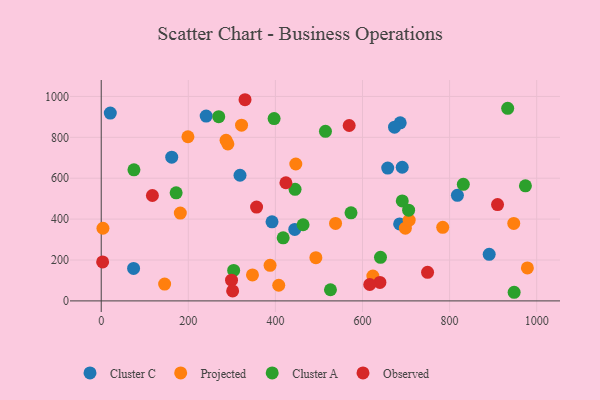
{"axis": {"x": "Speed", "y": "Demand"}, "legend": ["Cluster A", "Cluster C", "Observed", "Projected"], "data": [{"x": "392.2", "y": 386.7, "type": "Cluster C"}, {"x": "444.4", "y": 349.8, "type": "Cluster C"}, {"x": "685.3", "y": 376.6, "type": "Cluster C"}, {"x": "890.9", "y": 228.0, "type": "Cluster C"}, {"x": "686.6", "y": 871.1, "type": "Cluster C"}, {"x": "691.2", "y": 653.7, "type": "Cluster C"}, {"x": "74.3", "y": 158.8, "type": "Cluster C"}, {"x": "318.7", "y": 614.7, "type": "Cluster C"}, {"x": "657.9", "y": 649.8, "type": "Cluster C"}, {"x": "241.0", "y": 904.2, "type": "Cluster C"}, {"x": "161.9", "y": 703.2, "type": "Cluster C"}, {"x": "673.5", "y": 849.5, "type": "Cluster C"}, {"x": "817.9", "y": 516.4, "type": "Cluster C"}, {"x": "20.8", "y": 918.5, "type": "Cluster C"}, {"x": "492.9", "y": 211.2, "type": "Projected"}, {"x": "181.6", "y": 429.4, "type": "Projected"}, {"x": "145.6", "y": 82.5, "type": "Projected"}, {"x": "947.3", "y": 379.1, "type": "Projected"}, {"x": "407.6", "y": 76.5, "type": "Projected"}, {"x": "290.8", "y": 767.7, "type": "Projected"}, {"x": "698.4", "y": 355.6, "type": "Projected"}, {"x": "347.3", "y": 127.1, "type": "Projected"}, {"x": "978.6", "y": 161.2, "type": "Projected"}, {"x": "784.2", "y": 359.9, "type": "Projected"}, {"x": "538.1", "y": 379.1, "type": "Projected"}, {"x": "322.2", "y": 859.3, "type": "Projected"}, {"x": "446.8", "y": 669.7, "type": "Projected"}, {"x": "623.8", "y": 121.6, "type": "Projected"}, {"x": "199.1", "y": 803.0, "type": "Projected"}, {"x": "387.7", "y": 173.8, "type": "Projected"}, {"x": "707.1", "y": 394.8, "type": "Projected"}, {"x": "3.9", "y": 355.4, "type": "Projected"}, {"x": "286.6", "y": 785.8, "type": "Projected"}, {"x": "445.1", "y": 545.7, "type": "Cluster A"}, {"x": "514.9", "y": 829.5, "type": "Cluster A"}, {"x": "417.8", "y": 308.4, "type": "Cluster A"}, {"x": "974.1", "y": 563.0, "type": "Cluster A"}, {"x": "463.5", "y": 372.6, "type": "Cluster A"}, {"x": "691.3", "y": 488.9, "type": "Cluster A"}, {"x": "641.3", "y": 213.1, "type": "Cluster A"}, {"x": "75.1", "y": 640.9, "type": "Cluster A"}, {"x": "573.6", "y": 430.7, "type": "Cluster A"}, {"x": "933.4", "y": 941.8, "type": "Cluster A"}, {"x": "705.9", "y": 443.8, "type": "Cluster A"}, {"x": "397.0", "y": 891.7, "type": "Cluster A"}, {"x": "948.2", "y": 42.2, "type": "Cluster A"}, {"x": "172.0", "y": 528.6, "type": "Cluster A"}, {"x": "831.5", "y": 570.2, "type": "Cluster A"}, {"x": "304.1", "y": 149.2, "type": "Cluster A"}, {"x": "269.8", "y": 901.2, "type": "Cluster A"}, {"x": "526.4", "y": 54.5, "type": "Cluster A"}, {"x": "424.1", "y": 577.8, "type": "Observed"}, {"x": "640.0", "y": 90.2, "type": "Observed"}, {"x": "3.2", "y": 190.5, "type": "Observed"}, {"x": "749.4", "y": 139.7, "type": "Observed"}, {"x": "569.4", "y": 858.0, "type": "Observed"}, {"x": "299.2", "y": 101.4, "type": "Observed"}, {"x": "616.6", "y": 80.2, "type": "Observed"}, {"x": "910.1", "y": 471.1, "type": "Observed"}, {"x": "301.8", "y": 49.0, "type": "Observed"}, {"x": "356.7", "y": 459.1, "type": "Observed"}, {"x": "330.2", "y": 984.0, "type": "Observed"}, {"x": "117.5", "y": 515.6, "type": "Observed"}]}